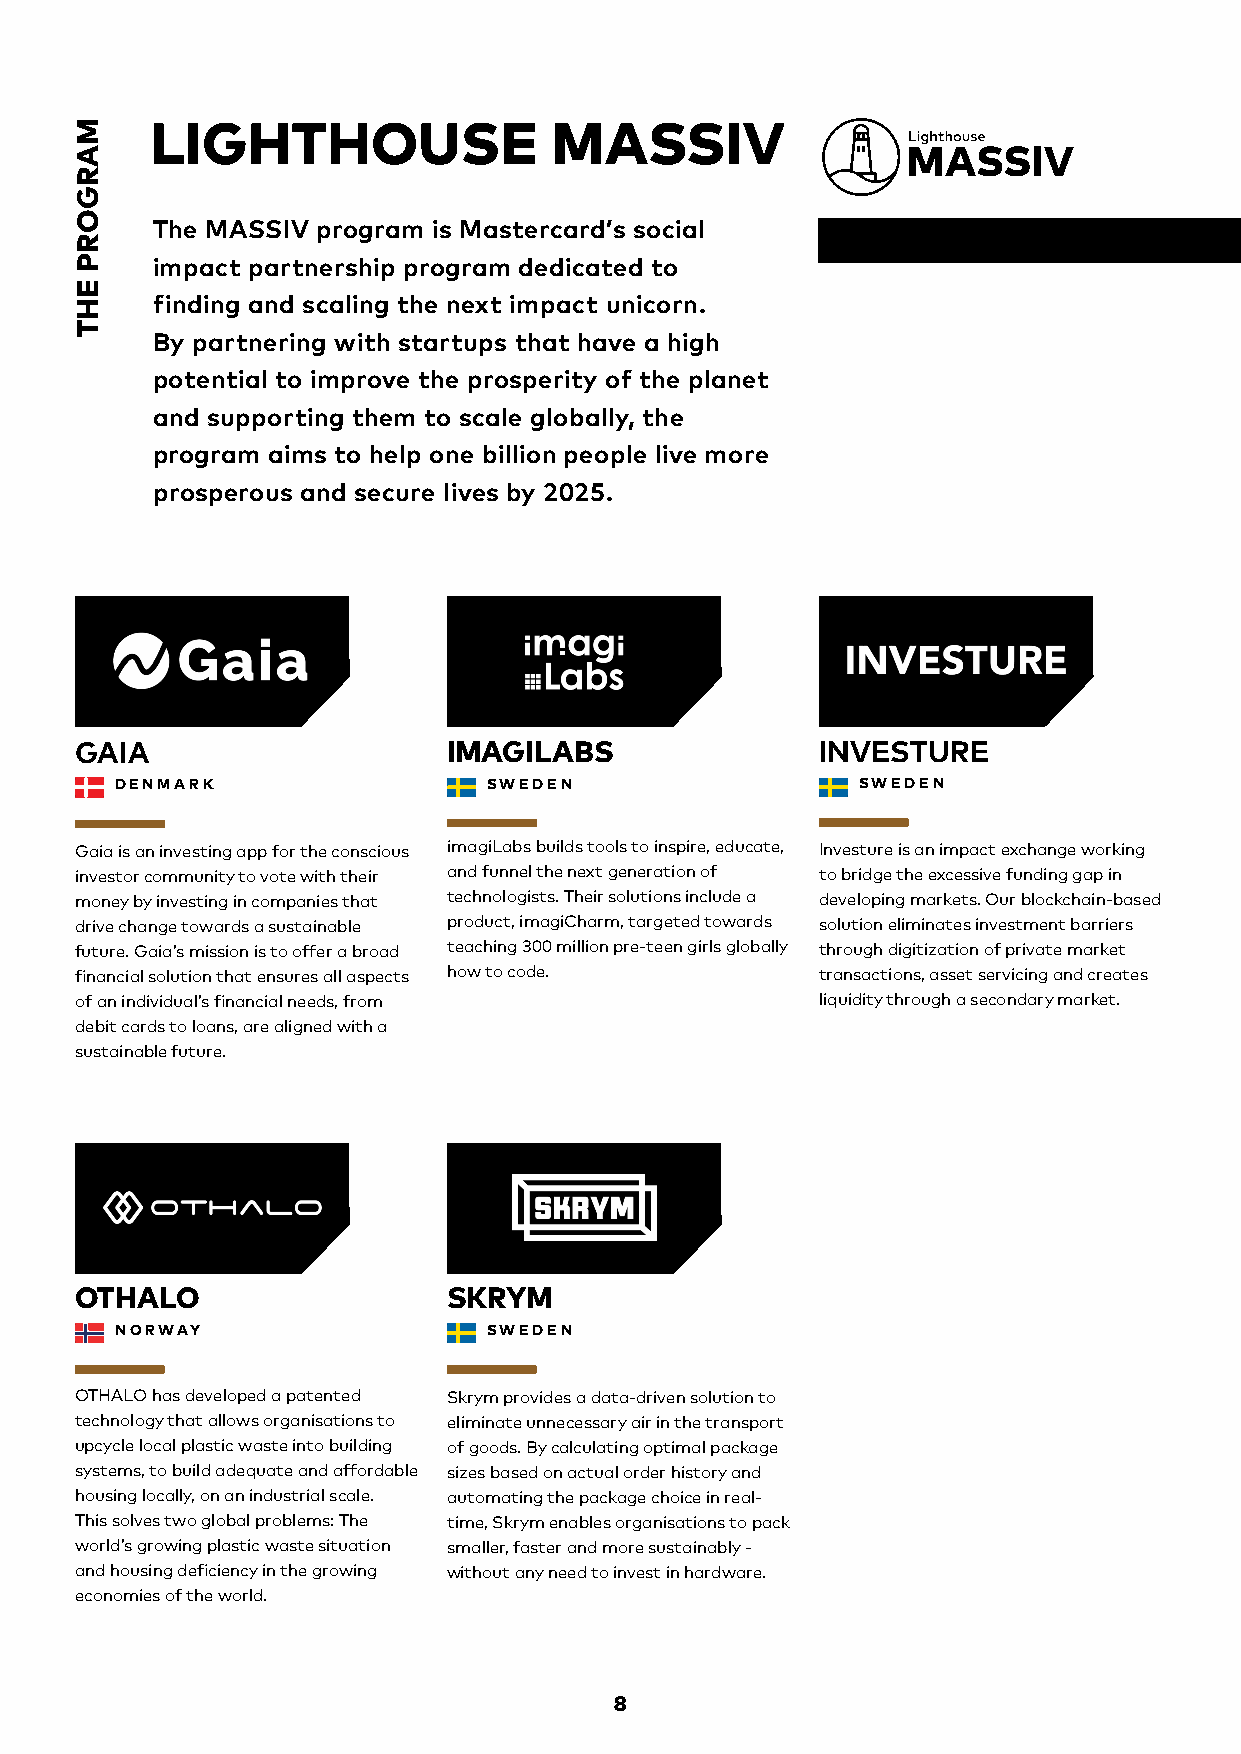
LIGHTHOUSE                MASSIV
 The MASSIV program is Mastercard’s social
 impact partnership program dedicated to
 finding and scaling the next impact unicorn.
 By partnering with startups that have a high
 potential to improve the prosperity of the planet
 and supporting them to scale globally, the
 program aims to help one billion people live more
 prosperous and secure lives by 2025.
 GAIA                     IMAGILABS               INVESTURE
 DENMARK                 SWEDEN                   SWEDEN
 Gaia is an investing app for the conscious imagiLabs builds tools to inspire, educate, Investure is an impact exchange working
 investor community to vote with their and funnel the next generation of to bridge the excessive funding gap in
 money by investing in companies that technologists. Their solutions include a developing markets. Our blockchain-based
 drive change towards a sustainable product, imagiCharm, targeted towards solution eliminates investment barriers
 future. Gaia’s mission is to offer a broad teaching 300 million pre-teen girls globally through digitization of private market
 financial solution that ensures all aspects how to code. transactions, asset servicing and creates
 of an individual’s financial needs, from         liquidity through a secondary market.
 debit cards to loans, are aligned with a
 sustainable future.
 OTHALO                   SKRYM
 NORWAY                  SWEDEN
 OTHALO has developed a patented Skrym provides a data-driven solution to
 technology that allows organisations to eliminate unnecessary air in the transport
 upcycle local plastic waste into building of goods. By calculating optimal package
 systems, to build adequate and affordable sizes based on actual order history and
 housing locally, on an industrial scale. automating the package choice in real-
 This solves two global problems: The time, Skrym enables organisations to pack
 world’s growing plastic waste situation smaller, faster and more sustainably -
 and housing deficiency in the growing without any need to invest in hardware.
 economies of the world.
 8
 MARGORP
 EHT